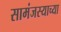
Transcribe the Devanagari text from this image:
सामंजस्याच्या